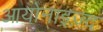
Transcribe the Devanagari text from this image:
आयोनाइज़्द